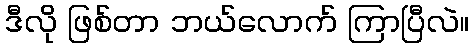
ဒီလို ဖြစ်တာ ဘယ်လောက် ကြာပြီလဲ။